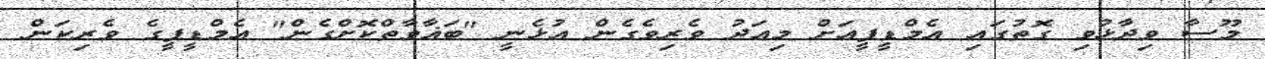
މޫސާ ވިދާޅުވި ގޮތުގައި އެމްޑީޕީއަށް މިއަދު ވެރިވެގެން އުޅެނީ "ބަޣާވާތްކޮށްގެން" އެމްޑީޕީގެ ވެރިކަން